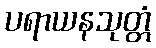
ပရာယနသုတ္တံ